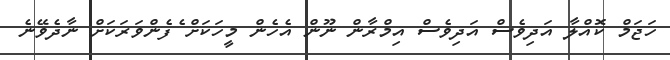
ހަޖަމް ކޮއްލާ އަދިވެސް އަދިވެސް އިމްރާން ނޫން އެހެން މީހަކަަށް ެފެންވަރަކަށް ނާދެވޭނެ